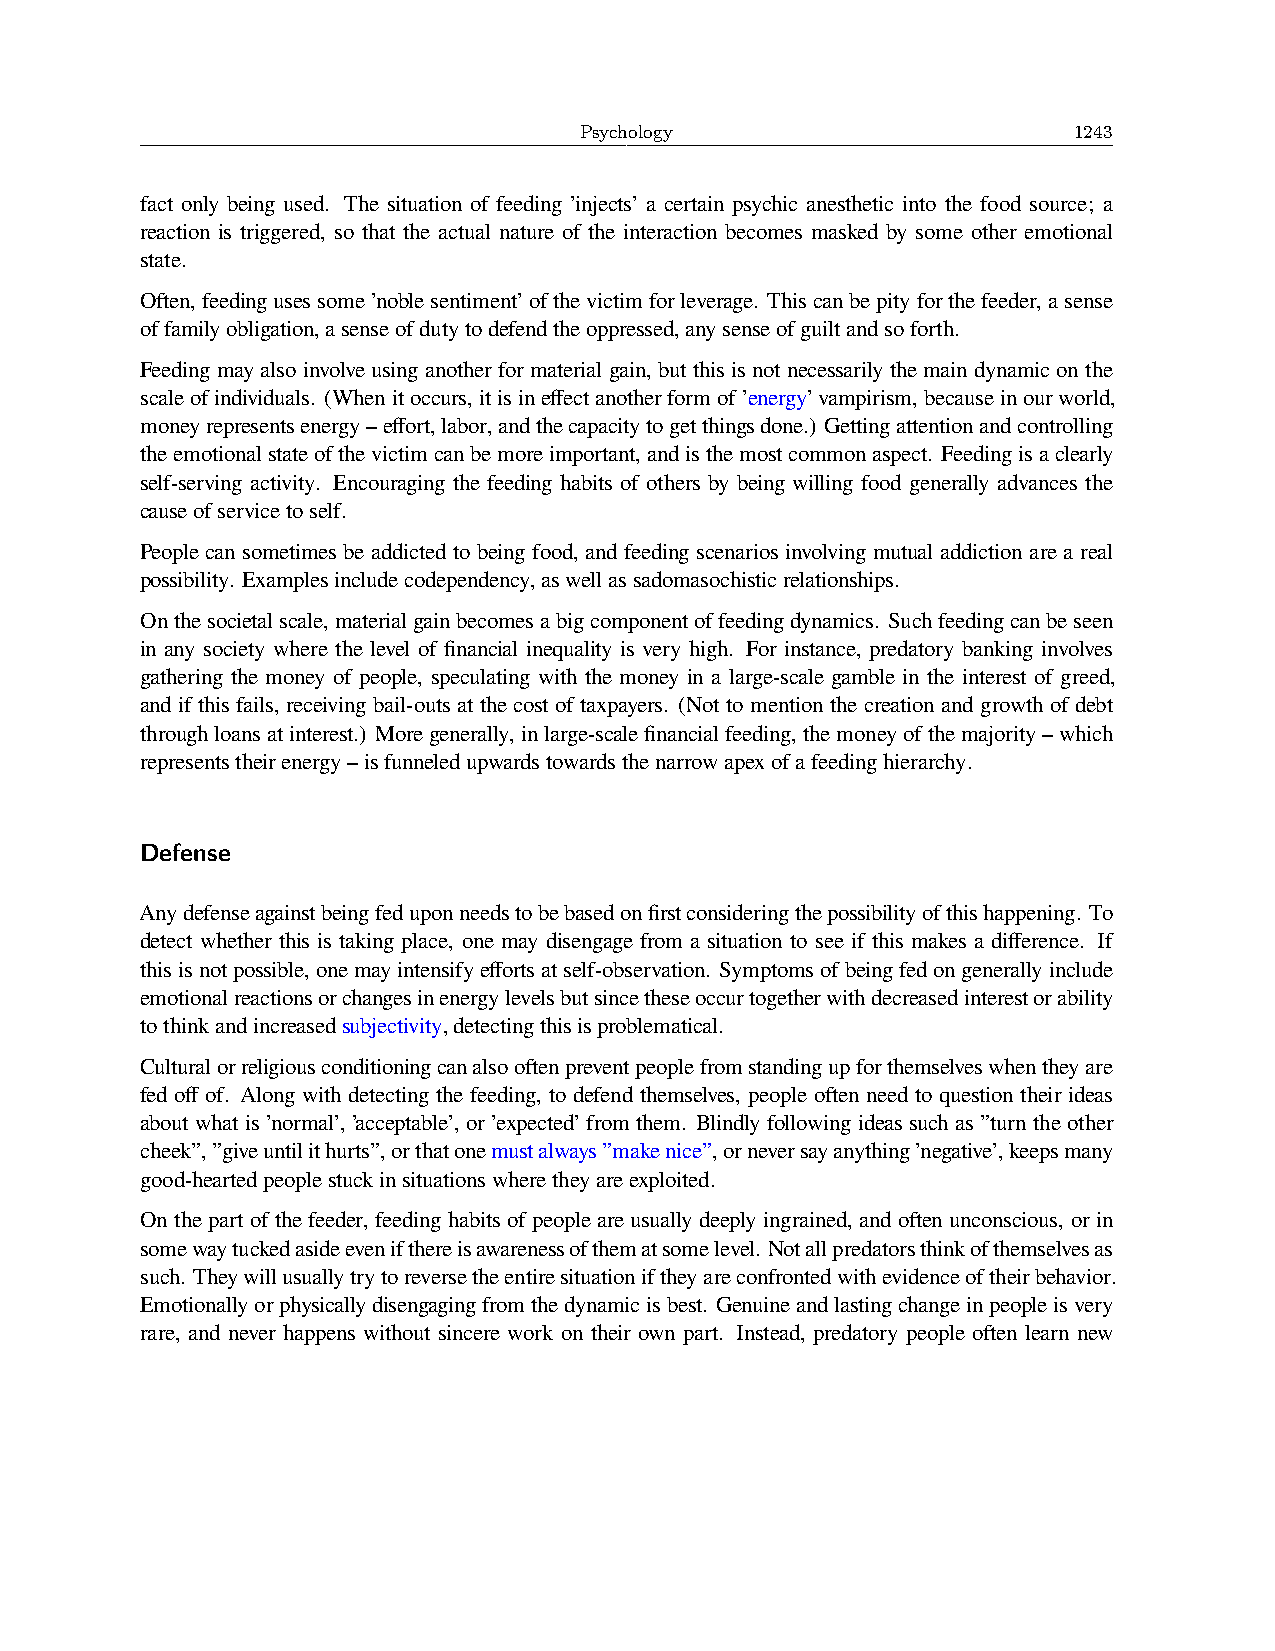
Psychology                       1243
 fact only being used. The situation of feeding ’injects’ a certain psychic anesthetic into the food source; a
 reaction is triggered, so that the actual nature of the interaction becomes masked by some other emotional
 state.
 Often,feedingusessome’noblesentiment’ofthevictimforleverage. Thiscanbepityforthefeeder,asense
 offamilyobligation,asenseofdutytodefendtheoppressed,anysenseofguiltandsoforth.
 Feedingmayalsoinvolveusinganotherformaterialgain, butthisisnotnecessarilythemaindynamiconthe
 scaleofindividuals. (Whenitoccurs,itisineffectanotherformof’energy’vampirism,becauseinourworld,
 moneyrepresentsenergy–effort,labor,andthecapacitytogetthingsdone.) Gettingattentionandcontrolling
 theemotionalstateofthevictimcanbemoreimportant,andisthemostcommonaspect. Feedingisaclearly
 self-serving activity. Encouraging the feeding habits of others by being willing food generally advances the
 causeofservicetoself.
 People can sometimes be addicted to being food, and feeding scenarios involving mutual addiction are a real
 possibility. Examplesincludecodependency,aswellassadomasochisticrelationships.
 Onthesocietalscale,materialgainbecomesabigcomponentoffeedingdynamics. Suchfeedingcanbeseen
 in any society where the level of financial inequality is very high. For instance, predatory banking involves
 gathering the money of people, speculating with the money in a large-scale gamble in the interest of greed,
 and if this fails, receiving bail-outs at the cost of taxpayers. (Not to mention the creation and growth of debt
 throughloansatinterest.) Moregenerally,inlarge-scalefinancialfeeding,themoneyofthemajority–which
 representstheirenergy–isfunneledupwardstowardsthenarrowapexofafeedinghierarchy.
 Defense
 Anydefenseagainstbeingfeduponneedstobebasedonfirstconsideringthepossibilityofthishappening. To
 detect whether this is taking place, one may disengage from a situation to see if this makes a difference. If
 thisisnotpossible,onemayintensifyeffortsatself-observation. Symptomsofbeingfedongenerallyinclude
 emotionalreactionsorchangesinenergylevelsbutsincetheseoccurtogetherwithdecreasedinterestorability
 tothinkandincreasedsubjectivity,detectingthisisproblematical.
 Culturalorreligiousconditioningcanalsooftenpreventpeoplefromstandingupforthemselveswhentheyare
 fed off of. Along with detecting the feeding, to defend themselves, people often need to question their ideas
 about what is ’normal’, ’acceptable’, or ’expected’ from them. Blindly following ideas such as ”turn the other
 cheek”,”giveuntilithurts”,orthatonemustalways”makenice”,orneversayanything’negative’,keepsmany
 good-heartedpeoplestuckinsituationswheretheyareexploited.
 On the part of the feeder, feeding habits of people are usually deeply ingrained, and often unconscious, or in
 somewaytuckedasideevenifthereisawarenessofthematsomelevel. Notallpredatorsthinkofthemselvesas
 such. Theywillusuallytrytoreversetheentiresituationiftheyareconfrontedwithevidenceoftheirbehavior.
 Emotionallyorphysicallydisengagingfromthedynamicisbest. Genuineandlastingchangeinpeopleisvery
 rare, and never happens without sincere work on their own part. Instead, predatory people often learn new